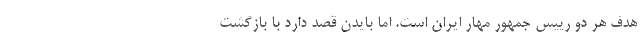
هدف هر دو رییس جمهور مهار ایران است. اما بایدن قصد دارد با بازگشت